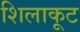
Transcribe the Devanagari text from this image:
शिलाकूट